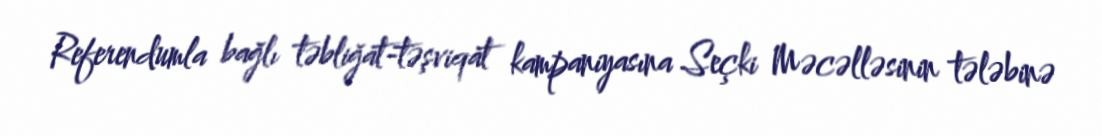
Referendumla bağlı təbliğat-təşviqat kampaniyasına Seçki Məcəlləsinin tələbinə